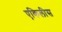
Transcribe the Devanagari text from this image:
एकिलीस